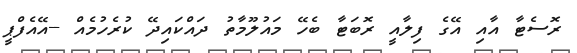
ރޮސެޓާ އާއި އޭގެ ފިލާއީ ރޮބަޓާ ބެހޭ މައުލޫމާތު ދައްކައިދޭ ކުރެހުމެއް --އޭއެފްޕީ